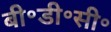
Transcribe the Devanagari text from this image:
बी॰डी॰सी॰